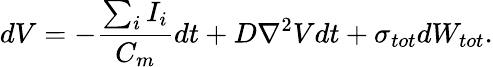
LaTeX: dV=-\frac{\sum_{i}{I_{i}}}{C_{m}}dt+D\mathrm{\nabla}^{2}Vdt+\sigma_{tot}dW_{tot}.